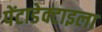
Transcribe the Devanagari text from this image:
पेंटाडेक्टाइला